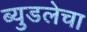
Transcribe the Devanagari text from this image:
ब्युडलेचा